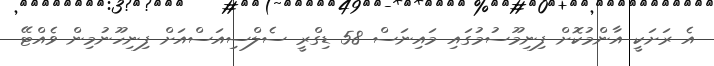
އެ ރަށަކީ އާންމުކޮށް ފިނިމޫސުމުގައި މައިނަސް 58 ޑިގްރީ ސެލްސިއަސްއަށް ފިނިހޫނުމިން ވެއްޓޭ